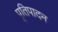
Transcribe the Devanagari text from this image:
पृतिपादन